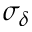
\sigma _ { \delta }